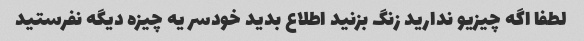
لطفا اگه چیزیو ندارید زنگ بزنید اطلاع بدید خودسر یه چیزه دیگه نفرستید